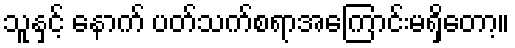
သူနှင့် နောက် ပတ်သက်စရာအကြောင်းမရှိတော့။